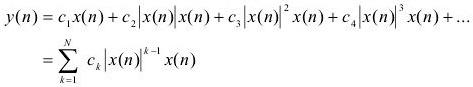
\[
\begin{align*}
y(n)&=c_1 x(n)+c_2 |x(n)| x(n)+c_3 |x(n)|^2 x(n)+c_4 |x(n)|^3 x(n)+\ldots\\
&=\sum_{k = 1}^{N} c_k |x(n)|^{k - 1} x(n)
\end{align*}
\]